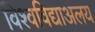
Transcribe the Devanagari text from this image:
विश्वविद्याअलय